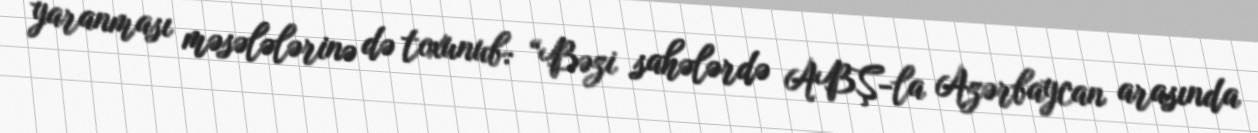
yaranması məsələlərinə də toxunub: “Bəzi sahələrdə ABŞ-la Azərbaycan arasında